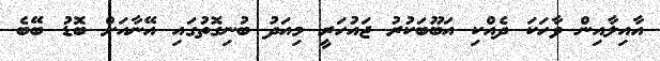
އާއިލާއިން ވާހަކަ ދެއްކި އަބޫބަކުރު ޖައުހަރީ މިއަދު ބުނިގޮތުގައި އޭނާއަށް ބޮޑު ބޭބެ